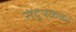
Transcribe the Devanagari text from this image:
संदूषकको